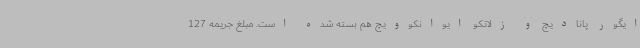
ایگور پانادیچ و زلاتکو ایوانکوویچ هم بسته شده است. مبلغ جریمه 127